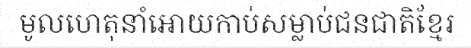
មូលហេតុនាំអោយកាប់សម្លាប់ជនជាតិខ្មែរ